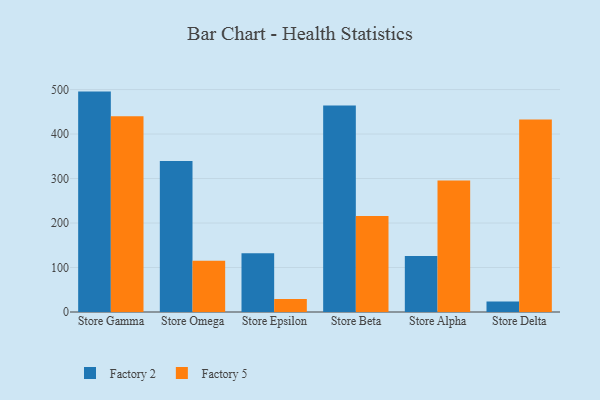
{"axis": {"x": "Store", "y": "Satisfaction Score"}, "legend": ["Factory 2", "Factory 5"], "data": [{"x": "Store Gamma", "y": 495.4, "type": "Factory 2"}, {"x": "Store Gamma", "y": 439.9, "type": "Factory 5"}, {"x": "Store Omega", "y": 339.2, "type": "Factory 2"}, {"x": "Store Omega", "y": 115.3, "type": "Factory 5"}, {"x": "Store Epsilon", "y": 131.8, "type": "Factory 2"}, {"x": "Store Epsilon", "y": 29.1, "type": "Factory 5"}, {"x": "Store Beta", "y": 463.9, "type": "Factory 2"}, {"x": "Store Beta", "y": 215.7, "type": "Factory 5"}, {"x": "Store Alpha", "y": 126.0, "type": "Factory 2"}, {"x": "Store Alpha", "y": 295.4, "type": "Factory 5"}, {"x": "Store Delta", "y": 23.7, "type": "Factory 2"}, {"x": "Store Delta", "y": 432.8, "type": "Factory 5"}]}